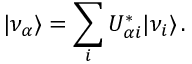
| \nu _ { \alpha } \rangle = \sum _ { i } U _ { \alpha i } ^ { * } | \nu _ { i } \rangle \, .